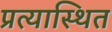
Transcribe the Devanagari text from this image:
प्रत्यास्थित